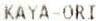
KAYA-ORI